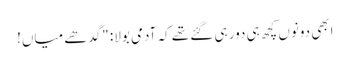
ابھی دونوں کچھ ہی دور ہی گئے تھے کہ آدمی بولا: "گدھے میاں!